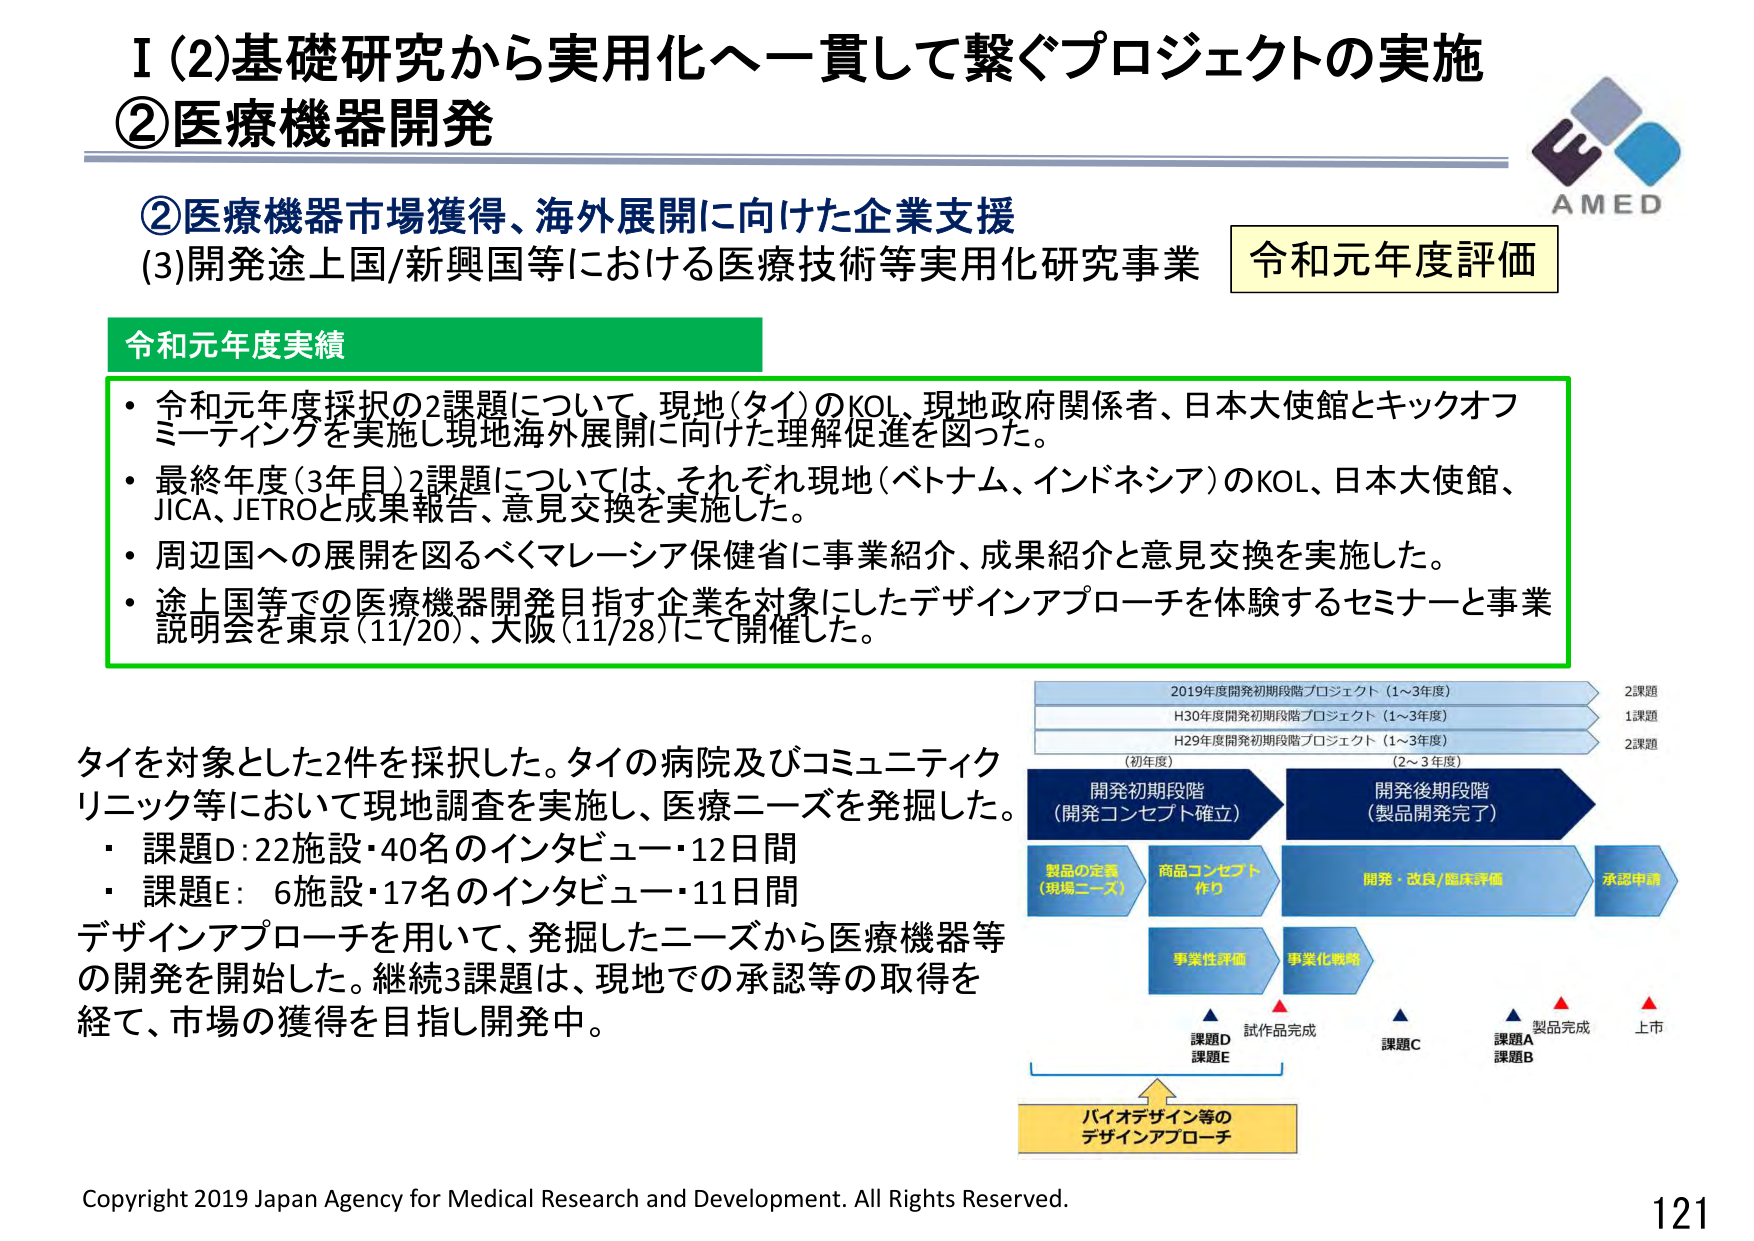
I (2)基礎研究から実用化へ一貫して繋ぐプロジェクトの実施
②医療機器開発

②医療機器市場獲得、海外展開に向けた企業支援
(3)開発途上国/新興国等における医療技術等実用化研究事業
令和元年度評価

令和元年度実績
・令和元年度採択の2課題について、現地（タイ）のKOL、現地政府関係者、日本大使館とキックオフミーティングを実施し現地海外展開に向けた理解促進を図った。
・最終年度（3年目）2課題については、それぞれ現地（ベトナム、インドネシア）のKOL、日本大使館、JICA、JETROと成果報告、意見交換を実施した。
・周辺国への展開を図るべくマレーシア保健省に事業紹介、成果紹介と意見交換を実施した。
・途上国等での医療機器開発目指す企業を対象にしたデザインアプローチを体験するセミナーと事業説明会を東京（11/20）、大阪（11/28）にて開催した。

タイを対象とした2件を採択した。タイの病院及びコミュニティクリニック等において現地調査を実施し、医療ニーズを発掘した。
・課題D：22施設・40名のインタビュー・12日間
・課題E：6施設・17名のインタビュー・11日間
デザインアプローチを用いて、発掘したニーズから医療機器等の開発を開始した。継続3課題は、現地での承認等の取得を経て、市場の獲得を目指し開発中。

2019年度開発初期段階プロジェクト（1～3年度） 2課題
H30年度開発初期段階プロジェクト（1～3年度） 1課題
H29年度開発初期段階プロジェクト（1～3年度） 2課題
（初年度） （2～3年度）
開発初期段階（開発コンセプト確立） 開発後期段階（製品開発完了）
製品の定義（現場ニーズ） 商品コンセプト作り 開発・改良/臨床評価 承認申請
事業性評価 事業化戦略
課題D 試作品完成 課題C 課題A 製品完成 上市
課題E 課題B
バイオデザイン等のデザインアプローチ

Copyright 2019 Japan Agency for Medical Research and Development. All Rights Reserved.
121
AMED